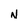
Character: N